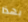
بهذا